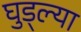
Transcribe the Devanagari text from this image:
घुड्ल्या